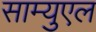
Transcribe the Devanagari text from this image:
साम्युएल